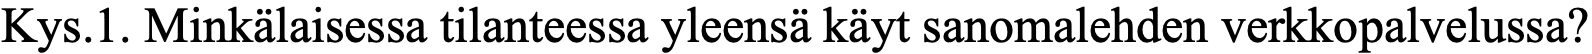
Kys.1. Minkälaisessa tilanteessa yleensä käyt sanomalehden verkkopalvelussa?